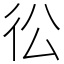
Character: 彸